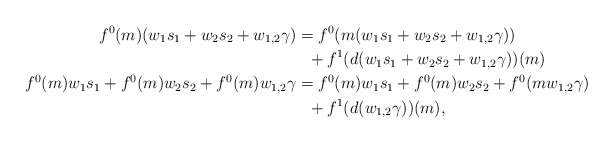
\begin{align*}f^0(m)(w_1s_1+w_2s_2+w_{1,2}\gamma) &= f^0(m(w_1s_1+w_2s_2+w_{1,2}\gamma))\\ &\ \ + f^1(d(w_1s_1+w_2s_2+w_{1,2}\gamma))(m)\\f^0(m)w_1s_1+f^0(m)w_2s_2+f^0(m)w_{1,2}\gamma &= f^0(m)w_1s_1+f^0(m)w_2s_2 + f^0(mw_{1,2}\gamma)\\ &\ \ + f^1(d(w_{1,2}\gamma))(m),\end{align*}